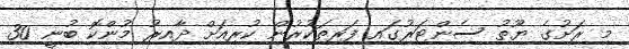
މި ރަށުގެ ޔޫތު ސެންޓަރުގައި ފަރިތަކުރުން ކުރިއަށް ދާއިރު މުންކޮ ބުނީ 30